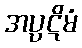
အပ္ပဋိမံ